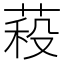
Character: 𮏷